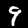
Digit: 9